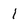
Character: l